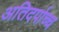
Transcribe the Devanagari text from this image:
अतिदर्पाच्च